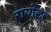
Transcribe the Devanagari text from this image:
रायोला